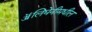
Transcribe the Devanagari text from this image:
ॲलिघेनीमधील